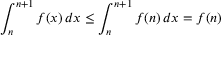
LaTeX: \int _ { n } ^ { n + 1 } f ( x ) \, d x \leq \int _ { n } ^ { n + 1 } f ( n ) \, d x = f ( n )